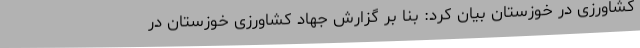
کشاورزی در خوزستان بیان کرد: بنا بر گزارش جهاد کشاورزی خوزستان در